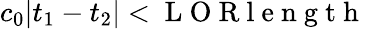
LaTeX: c_{0}\vert t_{1}-t_{2}\vert<\mathrm{~L~O~R~l~e~n~g~t~h~}